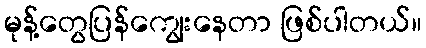
မုန့်တွေပြန်ကျွေးနေတာ ဖြစ်ပါတယ်။